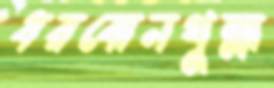
ধরবোনথুল্লা